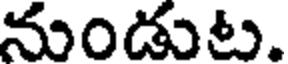
నుండుట.